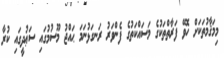
މިމަޤާމުތަކަށް ހޮވޭ ފަރާތްތަކުގެ މަސައްކަތުގެ ފެންވަރު ރަނގަޅުނަމަ ޙައްޖު މޫސުމުގައި ސަޢުދީގައި ކުރާ